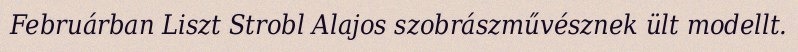
Februárban Liszt Strobl Alajos szobrászművésznek ült modellt.